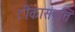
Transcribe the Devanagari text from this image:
टीकासंपत्ति